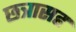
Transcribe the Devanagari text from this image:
छत्रासह